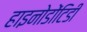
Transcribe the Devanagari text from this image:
हाइनोडोंटिडी